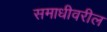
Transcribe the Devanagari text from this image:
समाधीवरील